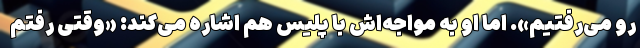
رو می‌رفتیم». اما او به مواجه‌اش با پلیس هم اشاره می‌کند: «وقتی رفتم